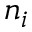
n _ { i }